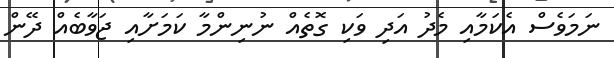
ނަމަވެސް އެކަމާއި މެދު އަދި ވަކި ގޮތެއް ނުނިންމާ ކަމަށާއި ޖަވާބެއް ދޭން